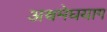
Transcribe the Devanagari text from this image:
अश्वमेघयाग